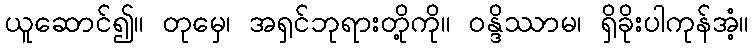
ယူဆောင်၍။ တုမှေ၊ အရှင်ဘုရားတို့ကို။ ဝန္ဒိဿာမ၊ ရှိခိုးပါကုန်အံ့။